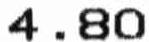
4.80